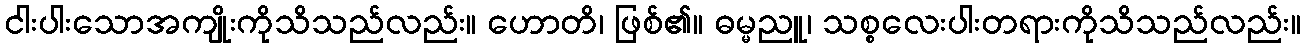
ငါးပါးသောအကျိုးကိုသိသည်လည်း။ ဟောတိ၊ ဖြစ်၏။ ဓမ္မညူ၊ သစ္စလေးပါးတရားကိုသိသည်လည်း။